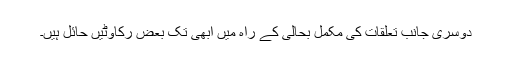
دوسری جانب تعلقات کی مکمل بحالی کے راہ میں ابھی تک بعض رکاوٹیں حائل ہیں۔